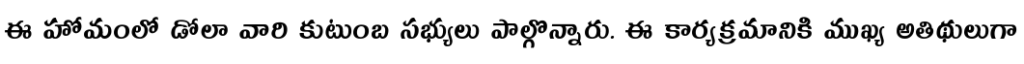
ఈ హోమంలో డోలా వారి కుటుంబ సభ్యులు పాల్గొన్నారు. ఈ కార్యక్రమానికి ముఖ్య అతిథులుగా